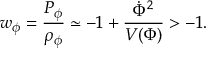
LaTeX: w _ { \phi } = \frac { P _ { \phi } } { \rho _ { \phi } } \simeq - 1 + \frac { \dot { \Phi } ^ { 2 } } { V ( \Phi ) } > - 1 .